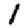
Digit: 1